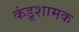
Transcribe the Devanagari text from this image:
कंडूशामक